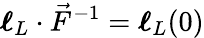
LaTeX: \boldsymbol{\mathbf{\ell}}_{L}\cdot\vec{F}^{-1}=\boldsymbol{\mathbf{\ell}}_{L}(0)